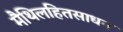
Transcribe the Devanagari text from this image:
मैथिलहितसाधन